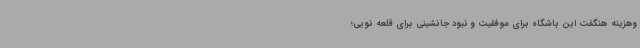
وهزینه هنگفت این باشگاه برای موفقیت و نبود جانشینی برای قلعه نویی؛